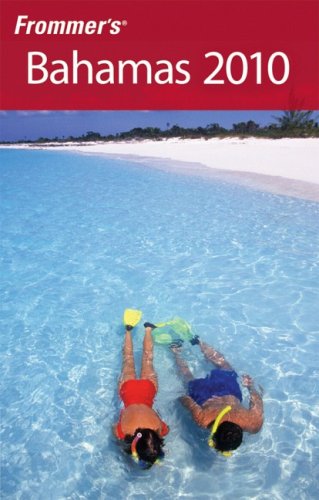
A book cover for Frommer's Bahamas 2010 (Frommer's Complete Guides); Darwin Porter; Travel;